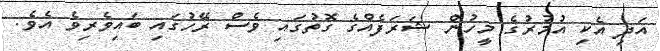
އަދި އެކި އުމުރުގެ މީހުން ޝަރަފެއްގެ ގޮތުގައި ވެސް ރޭހުގައި ބައިވެރިވެ އެވެ.